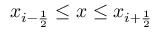
x _ { i - \frac { 1 } { 2 } } \leq x \leq x _ { i + \frac { 1 } { 2 } }